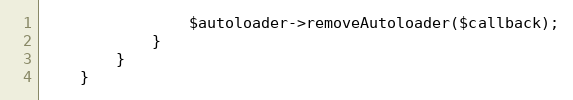
Language: PHP
                $autoloader->removeAutoloader($callback);
            }
        }
    }